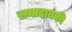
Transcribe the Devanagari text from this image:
सम्प्रदायकी